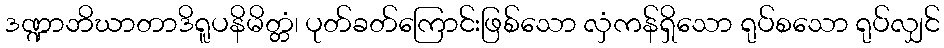
ဒဏ္ဍာဘိဃာတာဒိရူပနိမိတ္တံ၊ ပုတ်ခတ်ကြောင်းဖြစ်သော လှံကန်ရှိသော ရုပ်စသော ရုပ်လျှင်